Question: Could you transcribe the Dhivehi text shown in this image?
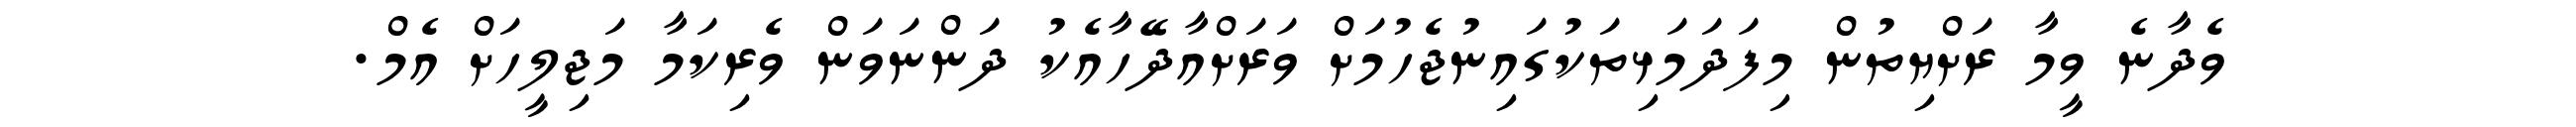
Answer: ވެދާނެ ވީމާ ރަށްޔިތުން މިފަދަމަޅިތަކުގައިނުޖެހުމަށް ވަރަށްއާދޭހާއެކު ދަންނަވަން ވެރިކަމާ މަޖިލީހަށް އެމް.